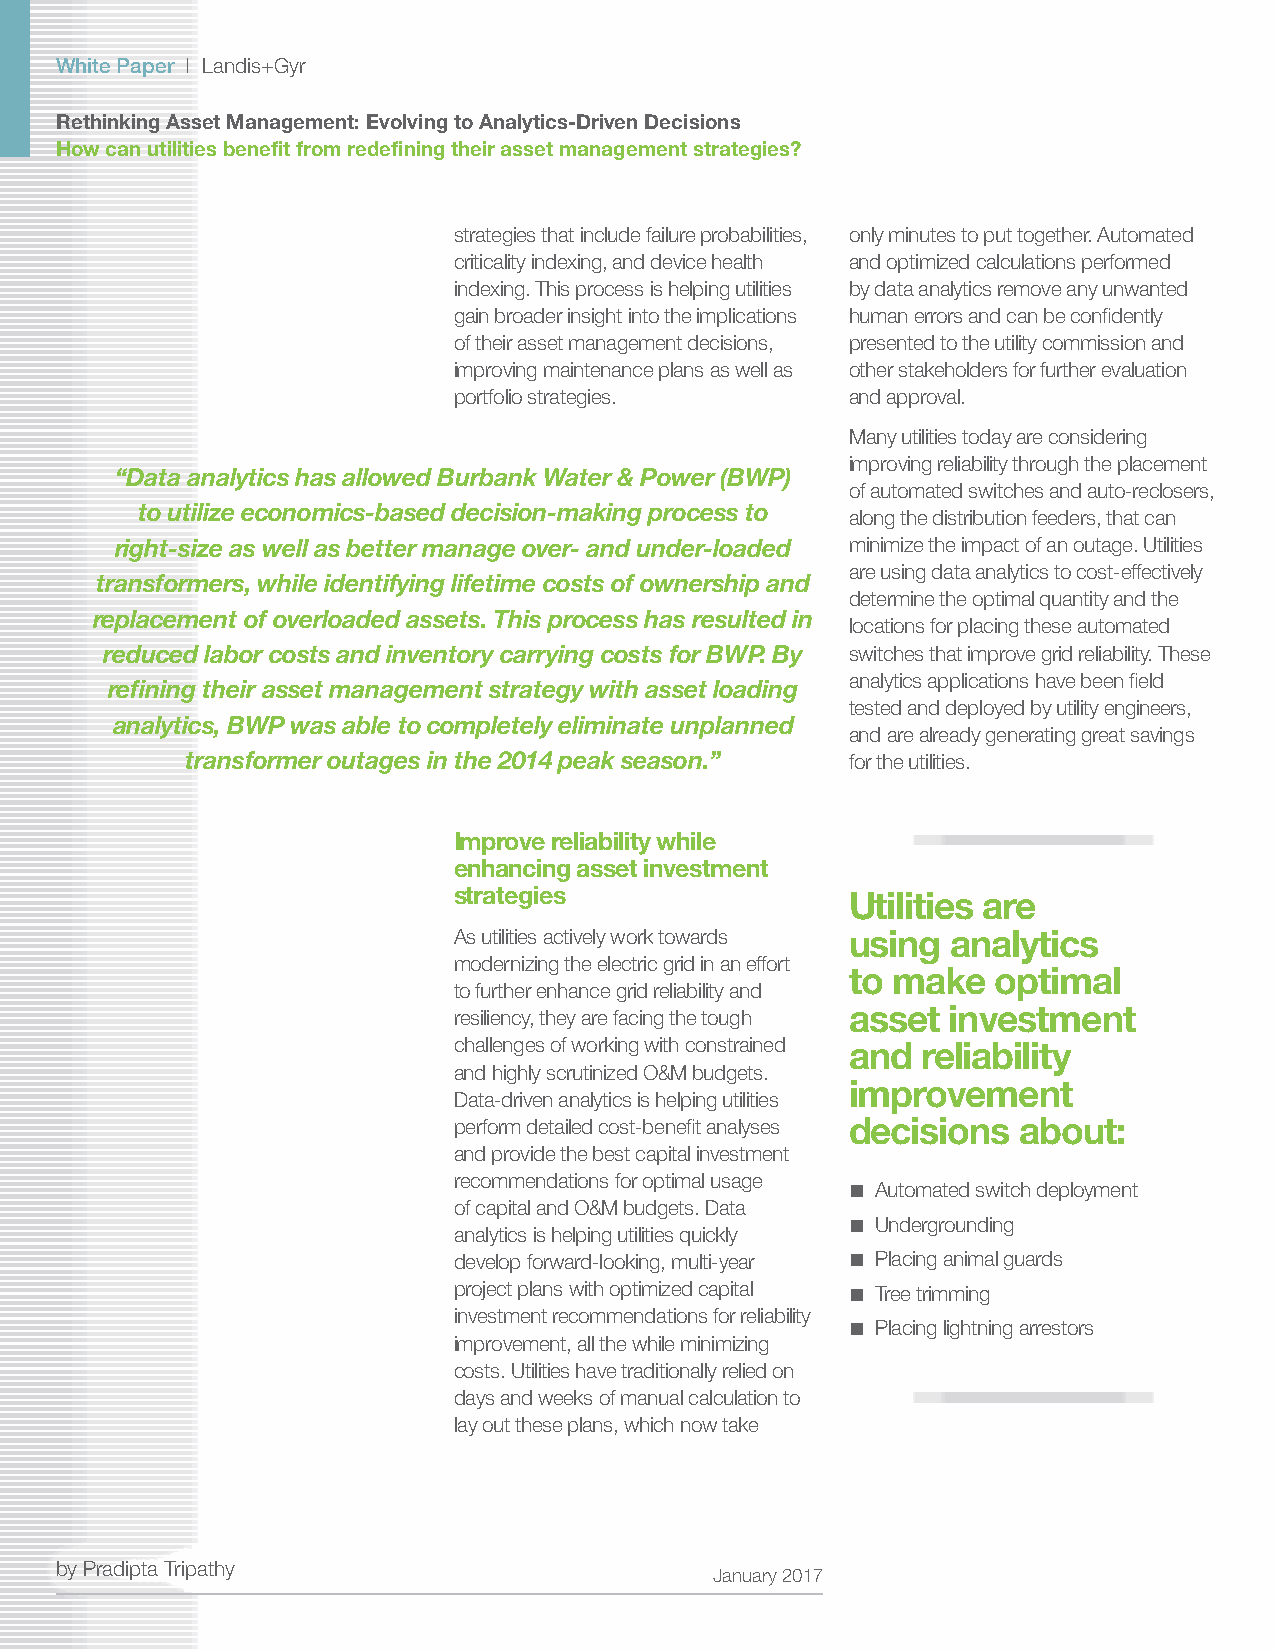
White Paper | Landis+Gyr
 Rethinking Asset Management: Evolving to Analytics-Driven Decisions
 How can utilities benefit from redefining their asset management strategies?
 strategies that include failure probabilities, only minutes to put together. Automated
 criticality indexing, and device health and optimized calculations performed
 indexing. This process is helping utilities by data analytics remove any unwanted
 gain broader insight into the implications human errors and can be confidently
 of their asset management decisions, presented to the utility commission and
 improving maintenance plans as well as other stakeholders for further evaluation
 portfolio strategies.     and approval.
 Many utilities today are considering
 improving reliability through the placement
 “Data analytics has allowed Burbank Water & Power (BWP)
 of automated switches and auto-reclosers,
 to utilize economics-based decision-making process to
 along the distribution feeders, that can
 right-size as well as better manage over- and under-loaded minimize the impact of an outage. Utilities
 are using data analytics to cost-effectively
 transformers, while identifying lifetime costs of ownership and
 determine the optimal quantity and the
 replacement of overloaded assets. This process has resulted in
 locations for placing these automated
 reduced labor costs and inventory carrying costs for BWP. By switches that improve grid reliability. These
 analytics applications have been field
 refining their asset management strategy with asset loading
 tested and deployed by utility engineers,
 analytics, BWP was able to completely eliminate unplanned
 and are already generating great savings
 transformer outages in the 2014 peak season.” for the utilities.
 Improve reliability while
 enhancing asset investment
 strategies                Utilities are
 As utilities actively work towards using analytics
 modernizing the electric grid in an effort
 to make   optimal
 to further enhance grid reliability and
 asset  investment
 resiliency, they are facing the tough
 challenges of working with constrained and reliability
 and highly scrutinized O&M budgets.
 improvement
 Data-driven analytics is helping utilities
 perform detailed cost-benefit analyses decisions about:
 and provide the best capital investment
 recommendations for optimal usage
 ■ Automated switch deployment
 of capital and O&M budgets. Data
 ■ Undergrounding
 analytics is helping utilities quickly
 develop forward-looking, multi-year ■ Placing animal guards
 project plans with optimized capital ■ Tree trimming
 investment recommendations for reliability
 ■ Placing lightning arrestors
 improvement, all the while minimizing
 costs. Utilities have traditionally relied on
 days and weeks of manual calculation to
 lay out these plans, which now take
 by Pradipta Tripathy
 January 2017